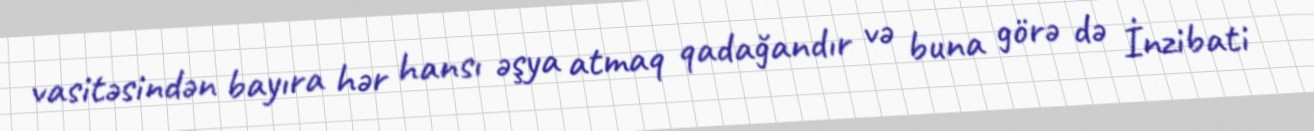
vasitəsindən bayıra hər hansı əşya atmaq qadağandır və buna görə də İnzibati